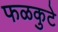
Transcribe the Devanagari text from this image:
फळकुटे